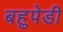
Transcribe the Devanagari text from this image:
बहुपेडी